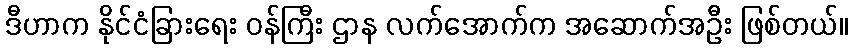
ဒီဟာက နိုင်ငံခြားရေး ဝန်ကြီး ဌာန လက်အောက်က အဆောက်အဦး ဖြစ်တယ်။